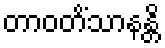
တာဝတိံသာနန္တိ